Elephants and their diseases
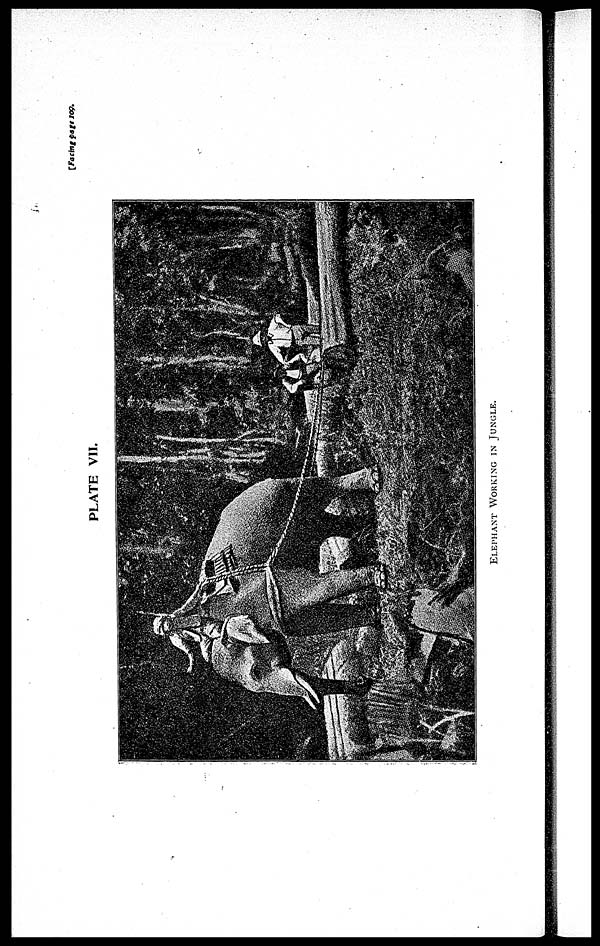
[Facing page 109.
PLATE VII.
ELEPHANT WORKING IN JUNGLE.